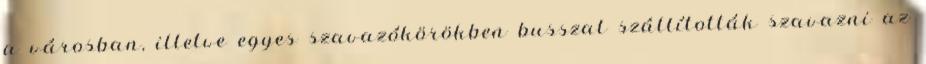
a városban, illetve egyes szavazókörökben busszal szállították szavazni az